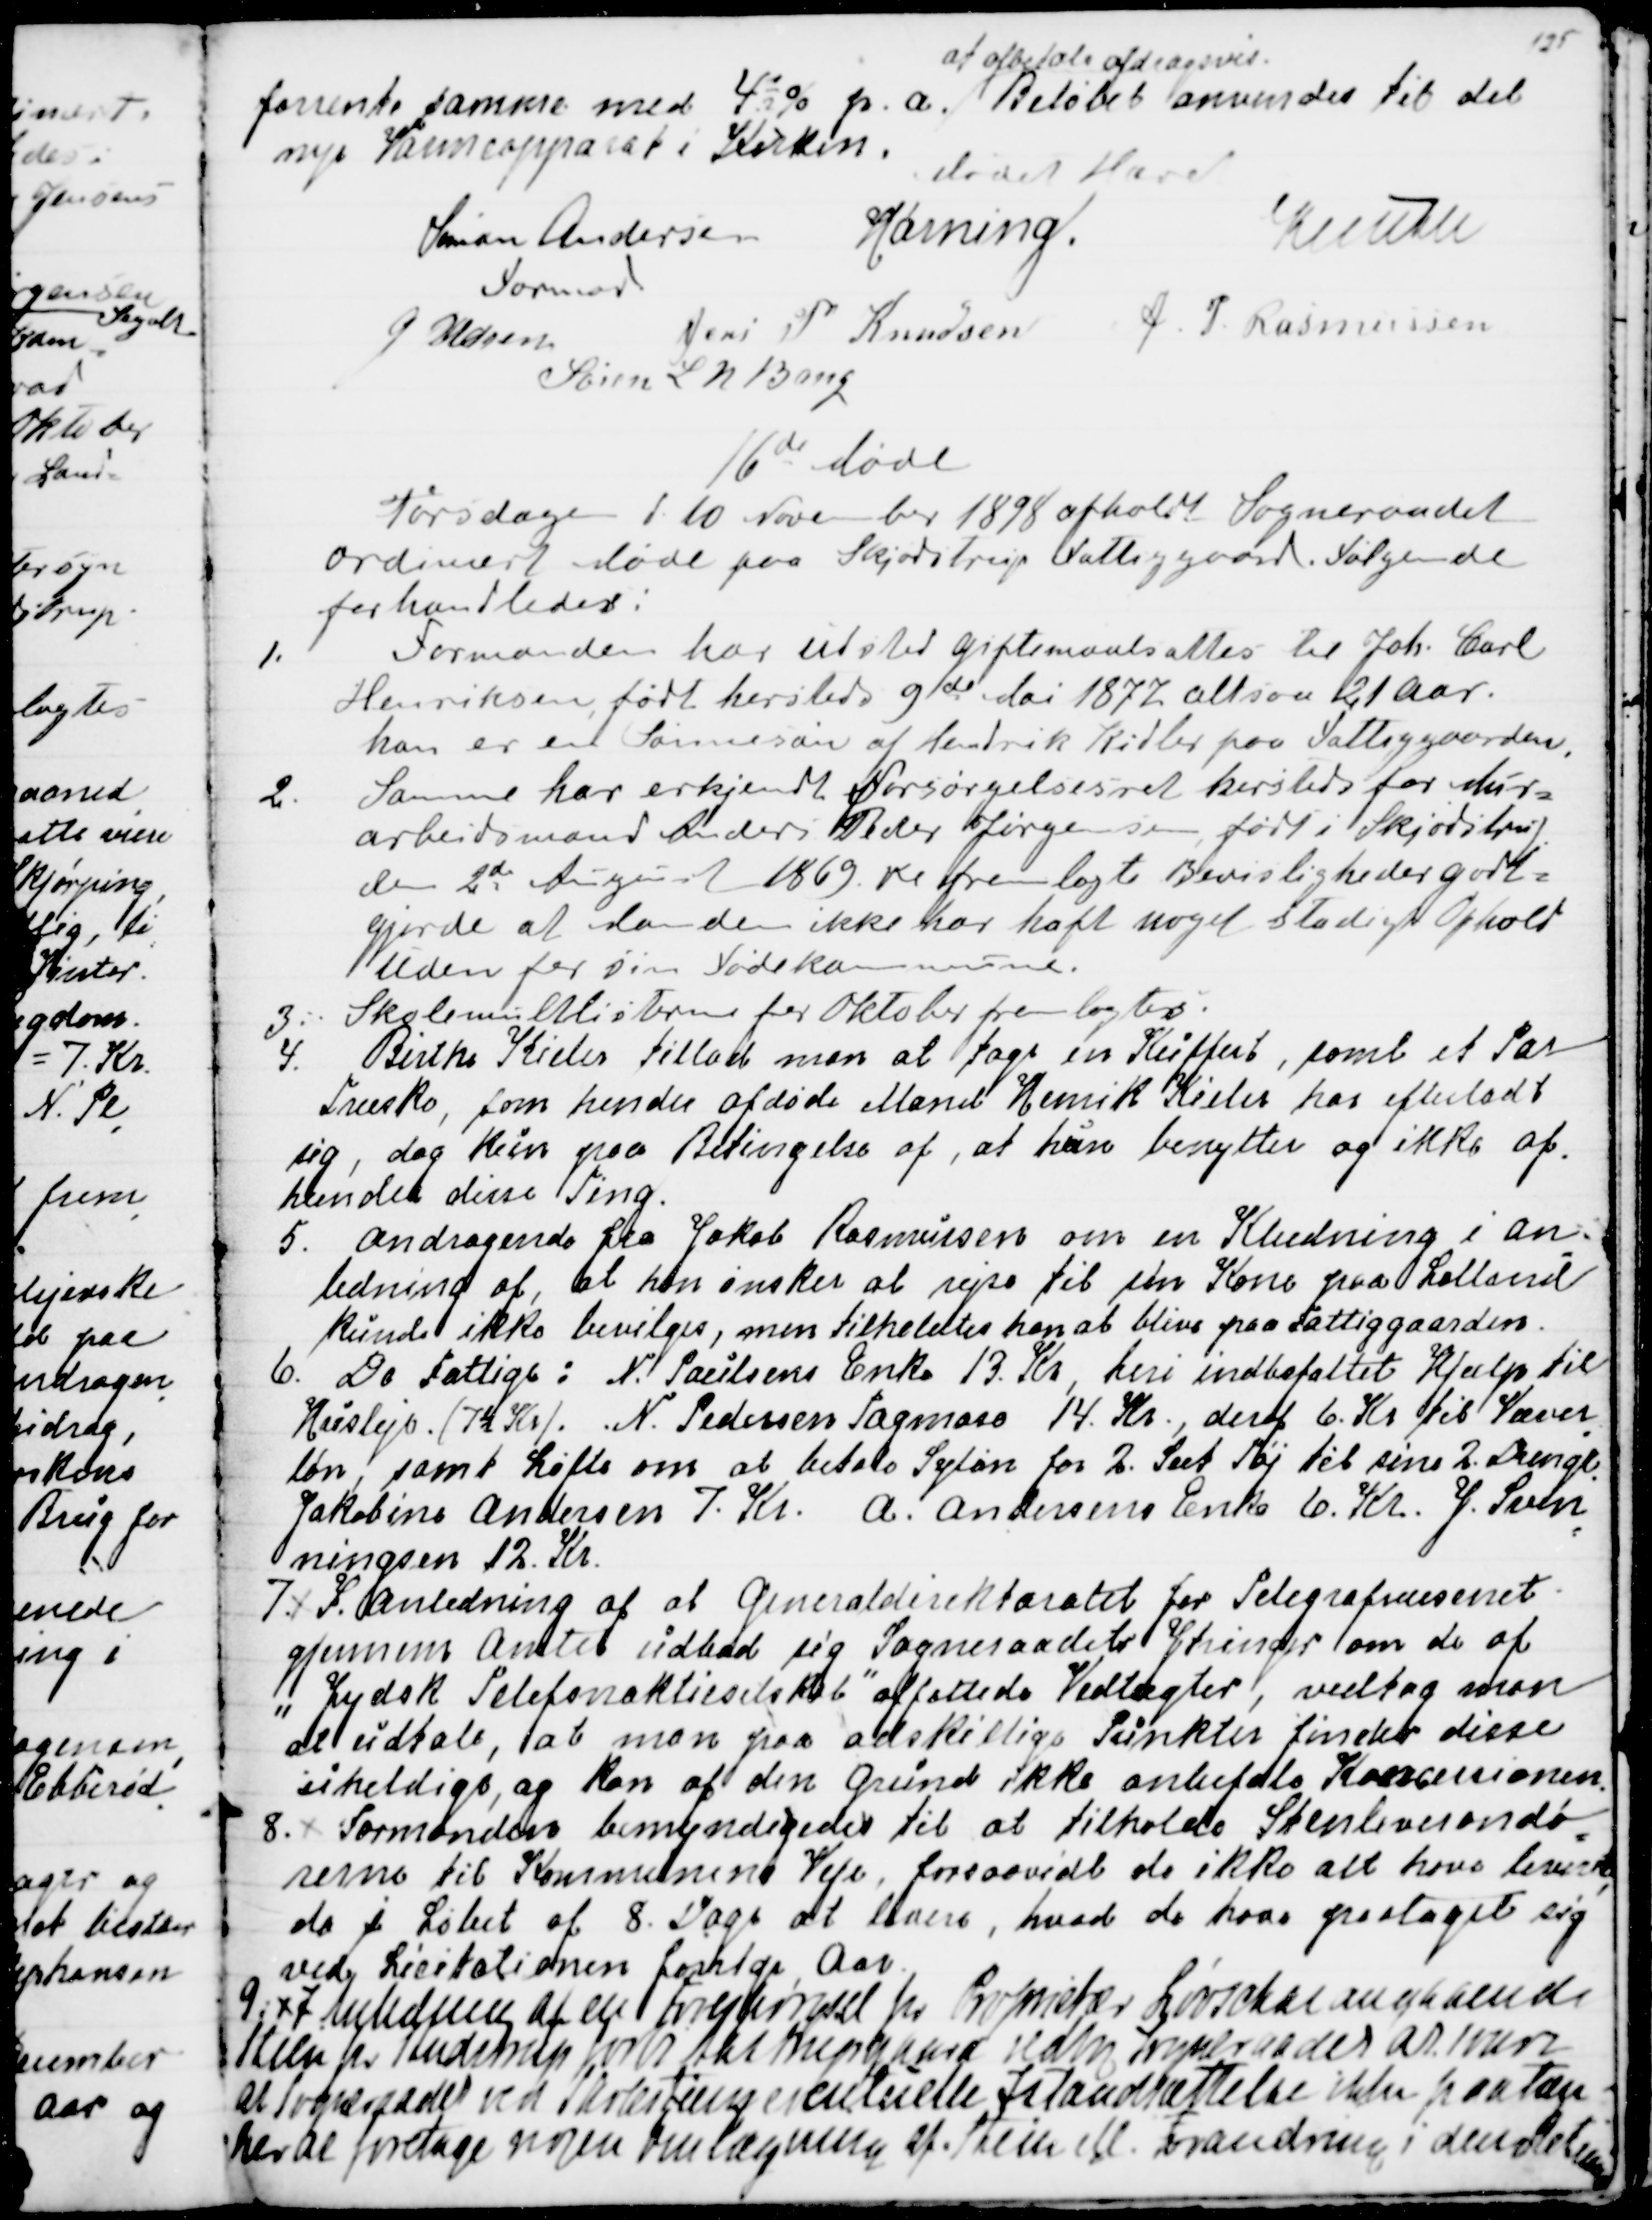
Transskription:
forrente samme med 4½% p.a. 
at afbetale afdragsvis.
Beløbet anvendes til det
nye Varmeapparat i Kirken.
Mødet Hævet
Simon Andersen
Formand
Hørning
Knuth
J Udsen
Jens P. Knudsen
J. P. Rasmussen
Søren L N Bang

16de Møde
Torsdag d. 10. November 1898 afholdt Sogneraadet
ordinært Møde paa Skjødstrup Fatiggaard. Følgende
forhandledes:
1. Formanden har udstedt giftemaalsattes til Joh. Carl
Henriksen, født hersteds 9de Mai 1877, altsaa 21 Aar.
han er en Sønnesøn af Hendrik Kidler paa Fattiggaarden.
2. Samme har erkjendt Forsørgelsesret hersteds for Mur=
arbeidsmand Anders Peder Jørgensen, født i Skjødstrup
den 2de August 1869. De fremlagte Bevisligheder godt=
gjorde at Manden ikke har haft noget stadigt Ophold
uden for sin Fødekommune.
3. Skolemulklisterne for Oktober fremlagdes.
4. Birthe Kieler tillod man at tage en Kuffert, samt et Par
Træsko, som hendes afdøde Mand Henrik Kieler har efterladt
sig, dog kun paa Betingelse af, at hun benytter og ikke af
=
hænder disse Ting.
5. Andragende fra Jakob Rasmussen om en Klædning i an
=
ledning af, at han ønsker at rejse til sin Kone paa Lolland
kunde ikke bevilges, men tilholdtes han at blive paa Fattiggaarden.
6.  De Fattige: N. Poulsens Enke 13. Kr, heri indbefattet Hjælp til
Husleje (7½ Kr). N. Pedersen Tagmose 14. Kr., deraf 6. Kr til Væver
=
løn, samt Løfte om at betale Syløn for 2. Sæt Tøj til sine 2. Drenge
.
Jakobine Andersen 7. Kr. A. Andersens Enke 6. Kr. J. Sven
=
ningsen 12. Kr. 
7. I Anledning af at Generaldirektoratet for Telegrafvæsenet
gjennem Amtet udbad sig Sogneraadets Ytringer om de af
"Jydsk Telefonaktieselskab" affattede Vedtægter, vedtog man
at udtale, at man paa adskillige Punkter finder disse
uheldige, og kan af den Grund ikke anbefale Koncessionen.
8. Formanden bemyndigedes til at tilholde Stenleverandø
=
rerne til Kommunens Veje, forsaavidt de ikke alt have levere
-
de i Løbet af 8 Dage at levere, hvad de have paataget sig
ved Licitationen forrige Aar.
9. 
I Anledning af en Forespørgsel Hr Proprietær Løvschal angaaende
Stien fra Studstrup forbi Aastrupgaard vedtog Sogneraadet at svare
at Sogneraadet ved Skolestiens eventuelle Istandsættelse ikke paatage
her at foretage nogen Omlægning af Stien ell. Forandring i den Retning